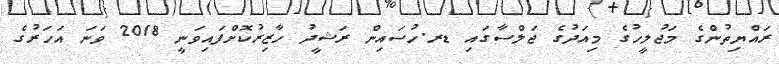
ރައްޔިތުންގެ މަޖުލީހުގެ މިއަދުގެ ޖަލްސާގައި ޑރ.ހުސައިން ރަޝީދު ހާޒިރުކޮށްފައިވަނީ 2018 ވަނަ އަހަރުގެ